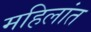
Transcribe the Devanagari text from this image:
महिलांत